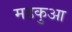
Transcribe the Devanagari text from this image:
महकुआ